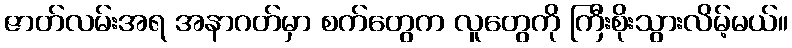
ဇာတ်လမ်းအရ အနာဂတ်မှာ စက်တွေက လူတွေကို ကြီးစိုးသွားလိမ့်မယ်။